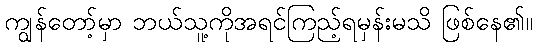
ကျွန်တော့်မှာ ဘယ်သူ့ကိုအရင်ကြည့်ရမှန်းမသိ ဖြစ်နေ၏။